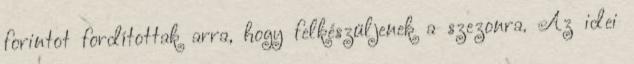
forintot fordítottak arra, hogy felkészüljenek a szezonra. Az idei